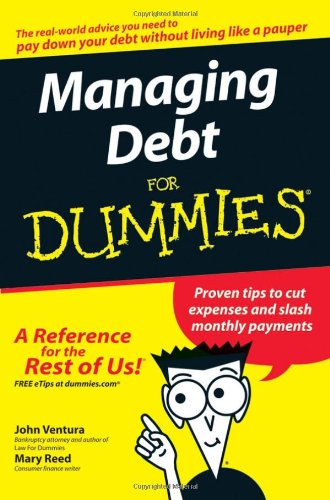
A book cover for Managing Debt For Dummies; John Ventura; Business & Money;